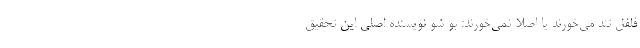
فلفل تند می‌خورند یا اصلاً نمی‌خورند: بو شو نویسنده اصلی این تحقیق